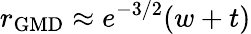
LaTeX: r_{\mathrm{GMD}}\approx e^{-3/2}(w+t)